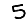
Digit: 5